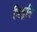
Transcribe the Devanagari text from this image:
त्रिमूति